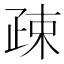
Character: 疎